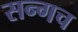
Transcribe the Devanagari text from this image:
सन्गच